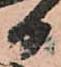
日